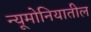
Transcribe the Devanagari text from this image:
न्यूमोनियातील